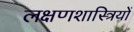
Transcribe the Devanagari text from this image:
लक्षणशास्त्रियों